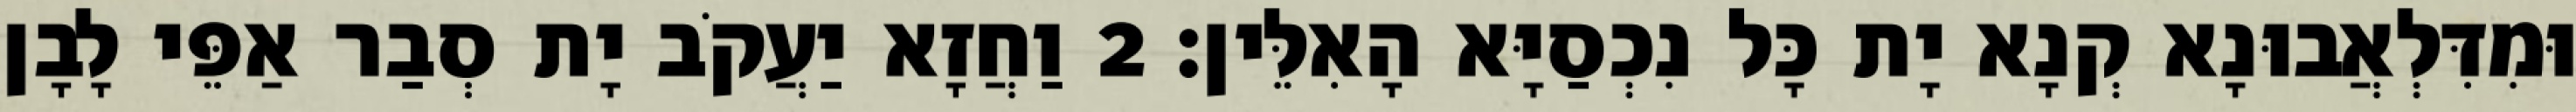
וּמִדִּלְאֲבוּנָא קְנָא יָת כָּל נִכְסַיָּא הָאִלֵּין׃ 2 וַחֲזָא יַעֲקֹב יָת סְבַר אַפֵּי לָבָן